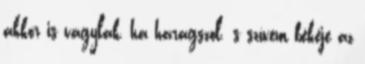
akkor is vágylak, ha haragszol. s szívem békéje az